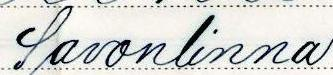
Savonlinna